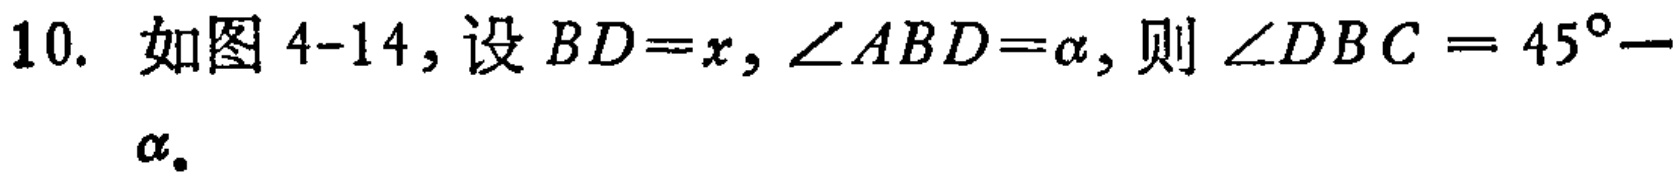
10. 如图 4-14, 设 \(BD = x\), \(\angle ABD=\alpha\), 则 \(\angle DBC = 45^{\circ}-\alpha\)。